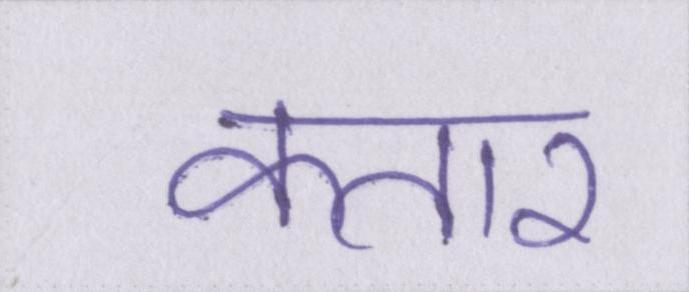
कतार